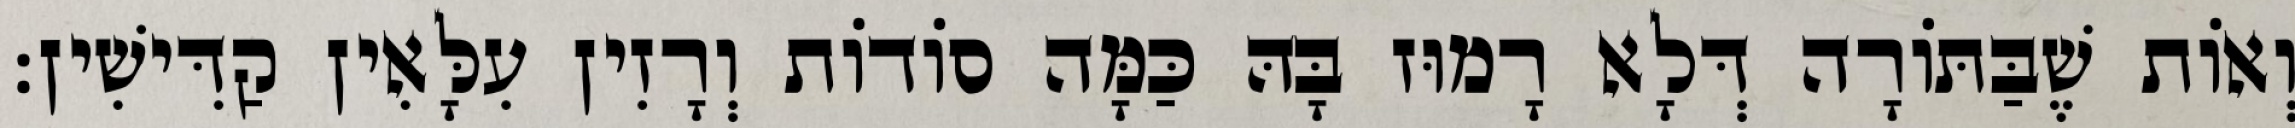
וְאוֹת שֶׁבַּתּוֹרָה דְּלָא רָמוּז בָּהּ כַּמָּה סוֹדוֹת וְרָזִין עִלָּאִין קַדִּישִׁין: